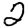
Digit: 2